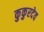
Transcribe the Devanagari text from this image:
कुकुरदेव